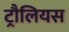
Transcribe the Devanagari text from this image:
ट्रौलियस